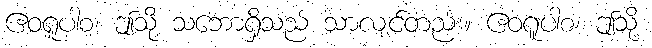
ဧဝရူပါစ၊ ဤသို့ သဘောရှိသည် သာလျင်တည်း။ ဧဝရူပါစ၊ ဤသို့